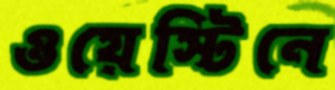
ওয়েস্টিনে